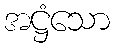
အဋ္ဌံသော